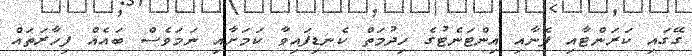
ގޭގައި ކަރަންޓާއި ފެނާއި އިންޓަނެޓުގެ ހިދުމަތް ކެނޑިފައިވާ ކަމަށާއި ނަމަވެސް ބައެއް ފިހާރަތައް